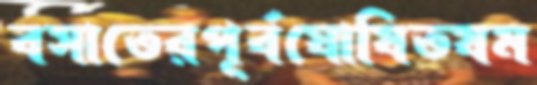
বসাতেরপূর্বঘোষিতযম